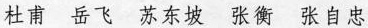
杜甫 岳飞 苏东坡 张衡 张自忠